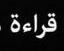
قراءة